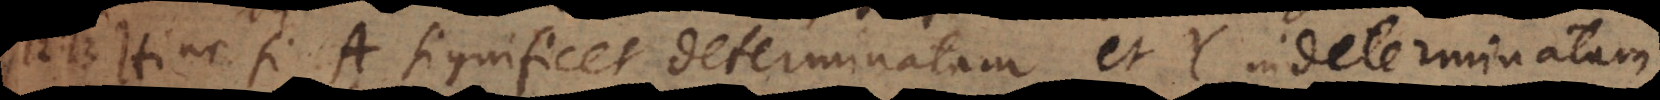
13) Hinc si A significet determinatum et Y indeterminatum,